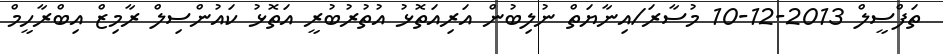
ތަފްސީލް 2013-12-10 މުސާރަ/އިނާޔަތް ނުލިބުން އަރިއަތޮޅު އުތުރުބުރީ އަތޮޅު ކައުންސިލް ރާމިޒް އިބްރާހީމް